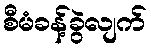
စီမံခန့်ခွဲလျက်